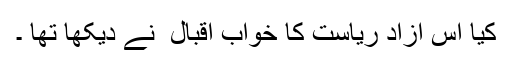
کیا اس آزاد ریاست کا خواب اقبال ؒ نے دیکھا تھا ۔